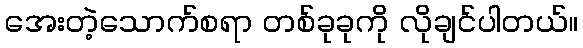
အေးတဲ့သောက်စရာ တစ်ခုခုကို လိုချင်ပါတယ်။